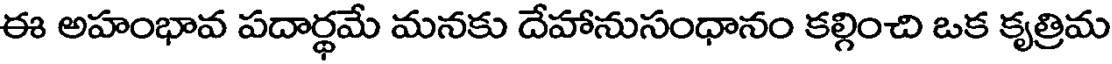
ఈ అహంభావ పదార్థమే మనకు దేహానుసంధానం కల్గించి ఒక కృత్రిమ